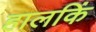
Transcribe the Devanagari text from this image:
हालकिं